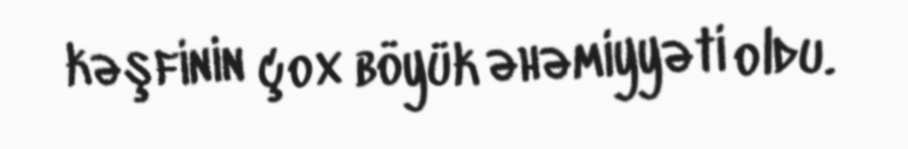
kəşfinin çox böyük əhəmiyyəti oldu.